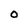
Character: O